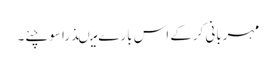
مہربانی کرکے اس بارے میںذرا سوچئے۔